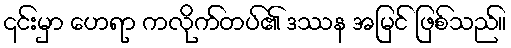
၎င်းမှာ ဟေရာ ကလိုက်တပ်၏ ဒဿန အမြင် ဖြစ်သည်။